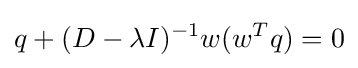
q+(D-\lambda I)^{-1}w(w^{T}q)=0